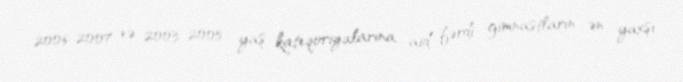
2006-2007 və 2003-2005 yaş kateqoriyalarına aid fərdi gimnastların ən yaxşı